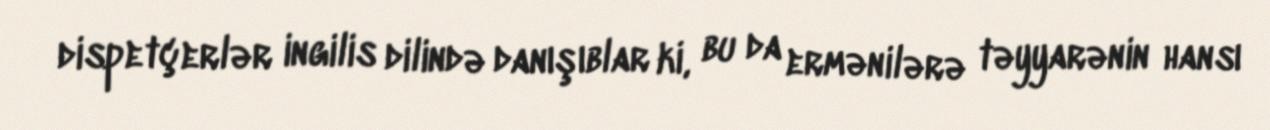
dispetçerlər ingilis dilində danışıblar ki, bu da ermənilərə təyyarənin hansı